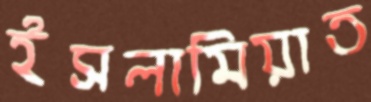
ইসলামিয়াত